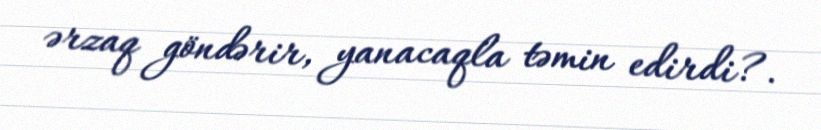
ərzaq göndərir, yanacaqla təmin edirdi?.